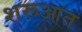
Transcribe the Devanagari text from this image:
शरूआत